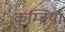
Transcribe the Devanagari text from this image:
कुम्ब्रिया